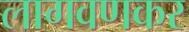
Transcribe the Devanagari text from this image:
लागवणकर